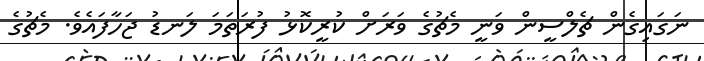
ނަގައިގެން ޗެލްސީން ވަނީ މެޗުގެ ވަރަށް ކުރީކޮޅު ފުރަތަމަ ލަނޑު ޖަހާފައެވެ. މެޗުގެ